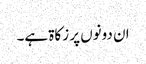
ان دونوں پر زکاۃ ہے۔